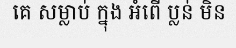
គេ សម្លាប់ ក្នុង អំពើ ប្លន់ មិន